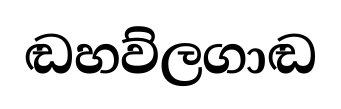
ඬහව්ලගාඬ